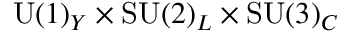
\mathrm { U } ( 1 ) _ { Y } \times \mathrm { S U } ( 2 ) _ { L } \times \mathrm { S U } ( 3 ) _ { C }